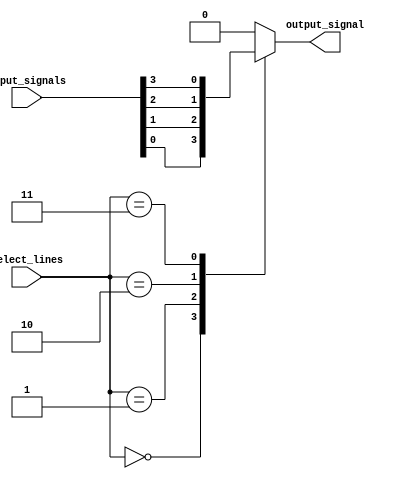
module multiplexer_32_1 (
    input [31:0] input_signals,
    input [4:0] select_lines,
    output reg output_signal
);

always @* begin
    case(select_lines)
        5'b00000: output_signal = input_signals[0];
        5'b00001: output_signal = input_signals[1];
        5'b00010: output_signal = input_signals[2];
        5'b00011: output_signal = input_signals[3];
        // Add more cases for all 32 inputs
        default: output_signal = 0; // Default output value
    endcase
end

endmodule